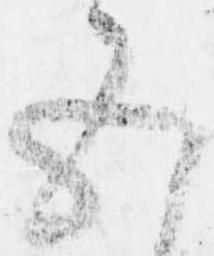
五